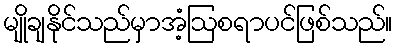
မျိုချနိုင်သည်မှာအံ့ဩစရာပင်ဖြစ်သည်။